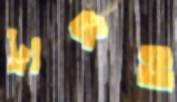
ট্রাকও